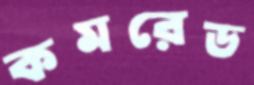
কমরেড